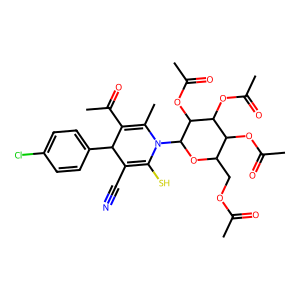
SMILES: CC(=O)OCC1OC(N2C(C)=C(C(C)=O)C(c3ccc(Cl)cc3)C(C#N)=C2S)C(OC(C)=O)C(OC(C)=O)C1OC(C)=O
Inhibits HIV replication: No